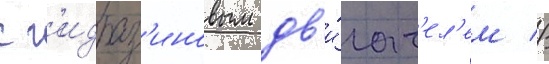
с г'идраз'иновым дв'и́гат'ел'ем //